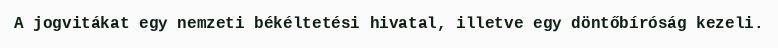
A jogvitákat egy nemzeti békéltetési hivatal, illetve egy döntőbíróság kezeli.